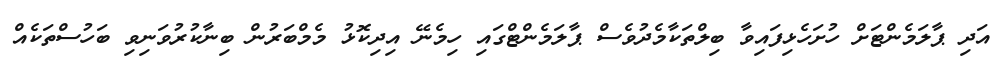
އަދި ޕާލަމެންޓަށް ހުށަހެޅިފައިވާ ބިލްތަކާމެދުވެސް ޕާލަމެންޓްގައި ހިމެނޭ އިދިކޮޅު މެމްބަރުން ބިނާކުރުވަނިވި ބަހުސްތަކެއް